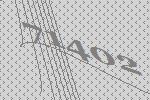
71402